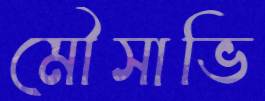
মৌসাভি